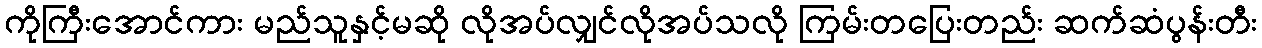
ကိုကြီးအောင်ကား မည်သူနှင့်မဆို လိုအပ်လျှင်လိုအပ်သလို ကြမ်းတပြေးတည်း ဆက်ဆံပွန်းတီး